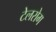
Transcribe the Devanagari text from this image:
टेलरोग